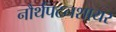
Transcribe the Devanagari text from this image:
नौर्थंपटनशायर